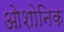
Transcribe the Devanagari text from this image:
ओशोनिक